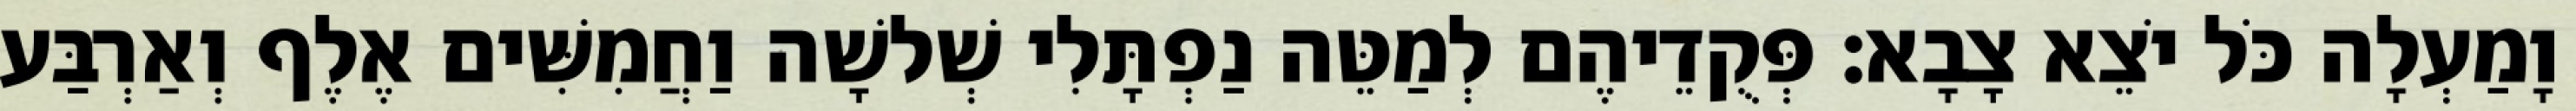
וָמַעְלָה כֹּל יֹצֵא צָבָא׃ פְּקֻדֵיהֶם לְמַטֵּה נַפְתָּלִי שְׁלשָׁה וַחֲמִשִּׁים אֶלֶף וְאַרְבַּע